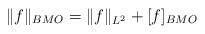
LaTeX: \begin{align*}\|f\|_{BMO}=\|f\|_{L^2}+[f]_{BMO}\end{align*}